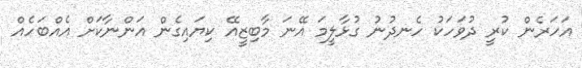
އަހަރެން ކުރީ ދުވަހަކު ހެނދުނު ގުޅާލީމަ އޭނަ މާބިޒީއޭ ކިޔައިގެން އަންނާކަށް އެއްބަހެއް